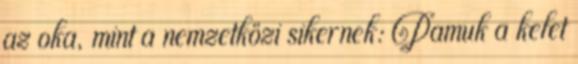
az oka, mint a nemzetközi sikernek: Pamuk a kelet